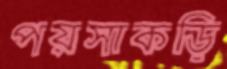
পয়সাকড়ি